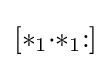
[{*}_{1}{\cdot }{*}_{1}{:}]